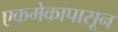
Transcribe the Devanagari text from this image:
एकमेकापासून